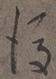
後